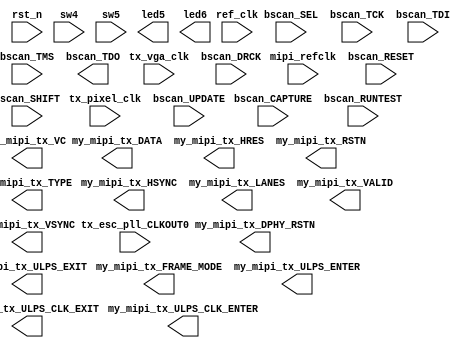

// Efinity Top-level template
// Version: 2021.2.323

// Copyright (C) 2017 - 2021 Efinix Inc. All rights reserved.

// This file may be used as a starting point for Efinity synthesis top-level target.
// The port list here matches what is expected by Efinity constraint files generated
// by the Efinity Interface Designer.

// To use this:
//     #1)  Save this file with a different name to a different directory, where source files are kept.
//              Example: you may wish to save as C:\Users\sanas\OneDrive\Documents\GitHub\Effinix_MIPI_Streaming_to_RK3399\mipi_loopback.v
//     #2)  Add the newly saved file into Efinity project as design file
//     #3)  Edit the top level entity in Efinity project to:  mipi_loopback
//     #4)  Insert design content.


module mipi_loopback
(
  input mipi_refclk,
  input ref_clk,
  input rst_n,
  input sw4,
  input sw5,
  input tx_vga_clk,
  input tx_pixel_clk,
  input tx_esc_pll_CLKOUT0,
  input bscan_CAPTURE,
  input bscan_DRCK,
  input bscan_RESET,
  input bscan_RUNTEST,
  input bscan_SEL,
  input bscan_SHIFT,
  input bscan_TCK,
  input bscan_TDI,
  input bscan_TMS,
  input bscan_UPDATE,
  output led5,
  output led6,
  output [63:0] my_mipi_tx_DATA,
  output my_mipi_tx_DPHY_RSTN,
  output my_mipi_tx_FRAME_MODE,
  output [15:0] my_mipi_tx_HRES,
  output my_mipi_tx_HSYNC,
  output [1:0] my_mipi_tx_LANES,
  output my_mipi_tx_RSTN,
  output [5:0] my_mipi_tx_TYPE,
  output my_mipi_tx_ULPS_CLK_ENTER,
  output my_mipi_tx_ULPS_CLK_EXIT,
  output [3:0] my_mipi_tx_ULPS_ENTER,
  output [3:0] my_mipi_tx_ULPS_EXIT,
  output my_mipi_tx_VALID,
  output [1:0] my_mipi_tx_VC,
  output my_mipi_tx_VSYNC,
  output bscan_TDO
);


endmodule